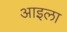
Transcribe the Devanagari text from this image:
आइला